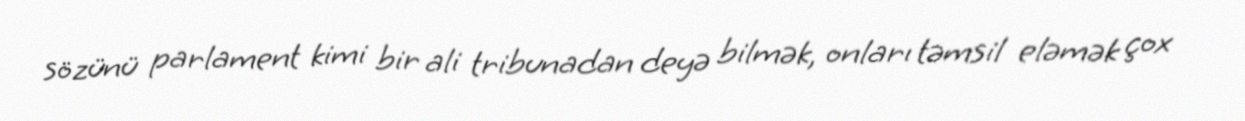
sözünü parlament kimi bir ali tribunadan deyə bilmək, onları təmsil eləmək çox